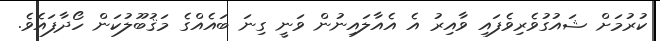
ކުރުމަށް ޝައުގުވެރިވެފައި ވާއިރު އެ އެއާލައިނުން ވަނީ ގިނަ ބައެއްގެ މަޤުބޫލުކަން ހޯދާފައެވެ.